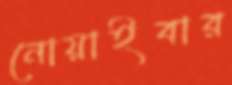
নোয়াইবার